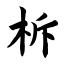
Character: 柝